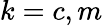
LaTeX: k=c,m